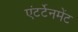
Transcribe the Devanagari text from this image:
एंटर्टेनमेंट